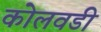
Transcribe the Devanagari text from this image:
कोलवडी